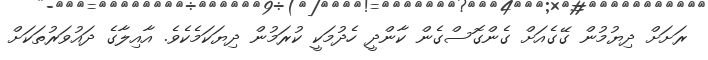
ރަށަށް ދިޔުމުން ގޭގެއަށް ގެންގޮސްގެން ކާންދީ ހެދުމަކީ ކުރަމުން ދިޔަކަމެކެވެ. އާއިލާގެ ދައުވަރުތަކަށް